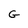
Character: G